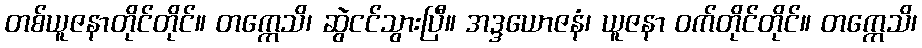
တစ်ယူဇနာတိုင်တိုင်။ တက္ကေသိ၊ ဆွဲငင်သွားပြီ။ အဒ္ဒယောဇနံ၊ ယူဇနာ ဝက်တိုင်တိုင်။ တက္ကေသိ၊